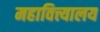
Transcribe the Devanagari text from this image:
महावित्त्यालय